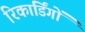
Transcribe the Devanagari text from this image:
रिकार्डिंगों